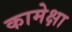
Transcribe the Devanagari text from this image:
कामेक्षा